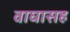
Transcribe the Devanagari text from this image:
वाघासह